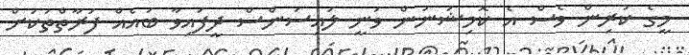
މީގެ ކުރިން ވެސް އެ ކޮމިޝަނުން ވަނީ ލައިސަންސް ދީފައިވާ ބައެއް ފަރާތްތަކަށް